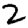
Digit: 2